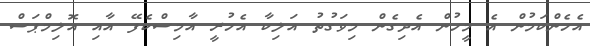
އެހެންކަމުން އެ މީހުން އެދިގެން މިވަގުތު އަލިކާ އެހުރީ އާމިސްކެފޭ އާއި އޮލިމްޕަސް